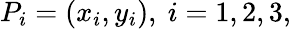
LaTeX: P_{i}=(x_{i},y_{i}),\ i=1,2,3,